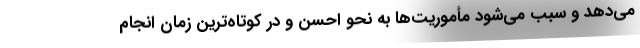
می‌دهد و سبب می‌شود مأموریت‌ها به نحو احسن و در کوتاه‌ترین زمان انجام